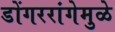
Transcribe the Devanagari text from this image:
डोंगररांगेमुळे